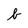
Character: b